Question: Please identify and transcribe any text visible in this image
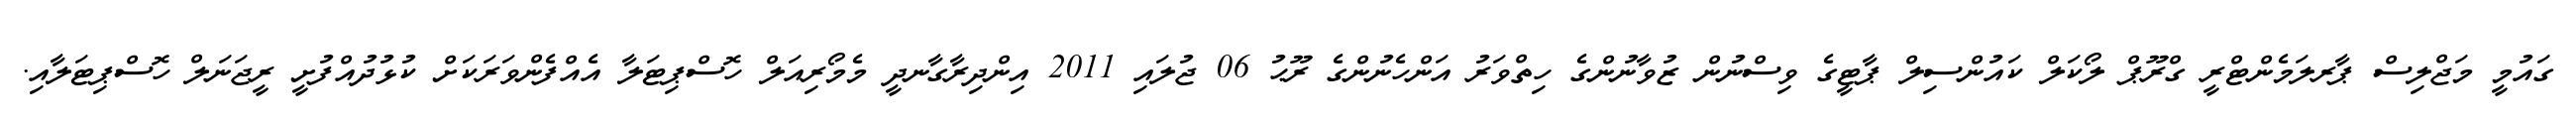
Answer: ގައުމީ މަޖްލިސް ޕާރލަމެންޓްރީ ގްރޫޕް ލޯކަލް ކައުންސިލް ޕާޓީގެ ވިސްނުން ޒުވާނުންގެ ހިތްވަރު އަންހެނުންގެ ރޫޙު 06 ޖުލައި 2011 އިންދިރާގާނދީ މެމޯރިއަލް ހޮސްޕިޓަލާ އެއްފެންވަރަކަށް ކުޅުދުއްފުށީ ރީޖަނަލް ހޮސްޕިޓަލާއި.